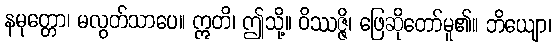
နမုတ္တော၊ မလွတ်သာပေ။ ဣတိ၊ ဤသို့။ ဝိဿဇ္ဇိ၊ ဖြေဆိုတော်မူ၏။ ဘိယျော၊